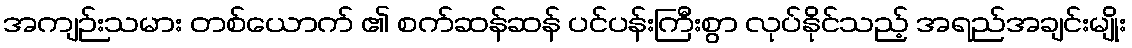
အကျဉ်းသမား တစ်ယောက် ၏ စက်ဆန်ဆန် ပင်ပန်းကြီးစွာ လုပ်နိုင်သည့် အရည်အချင်းမျိုး